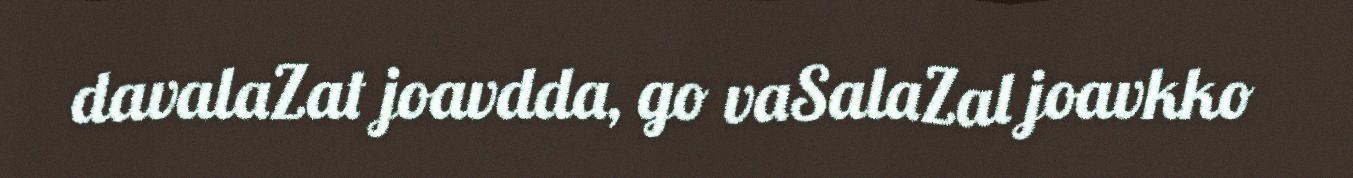
davalaZat joavdda, go vaSalaZal joavkko